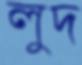
লুদ